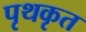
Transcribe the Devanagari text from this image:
पृथकृत